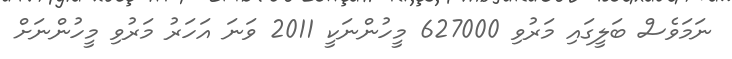
ނަމަވެސް ބަލީގައި މަރުވި 627000 މީހުންނަކީ 2011 ވަނަ އަހަރު މަރުވި މީހުންނަށް